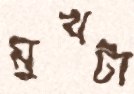
মুখটা